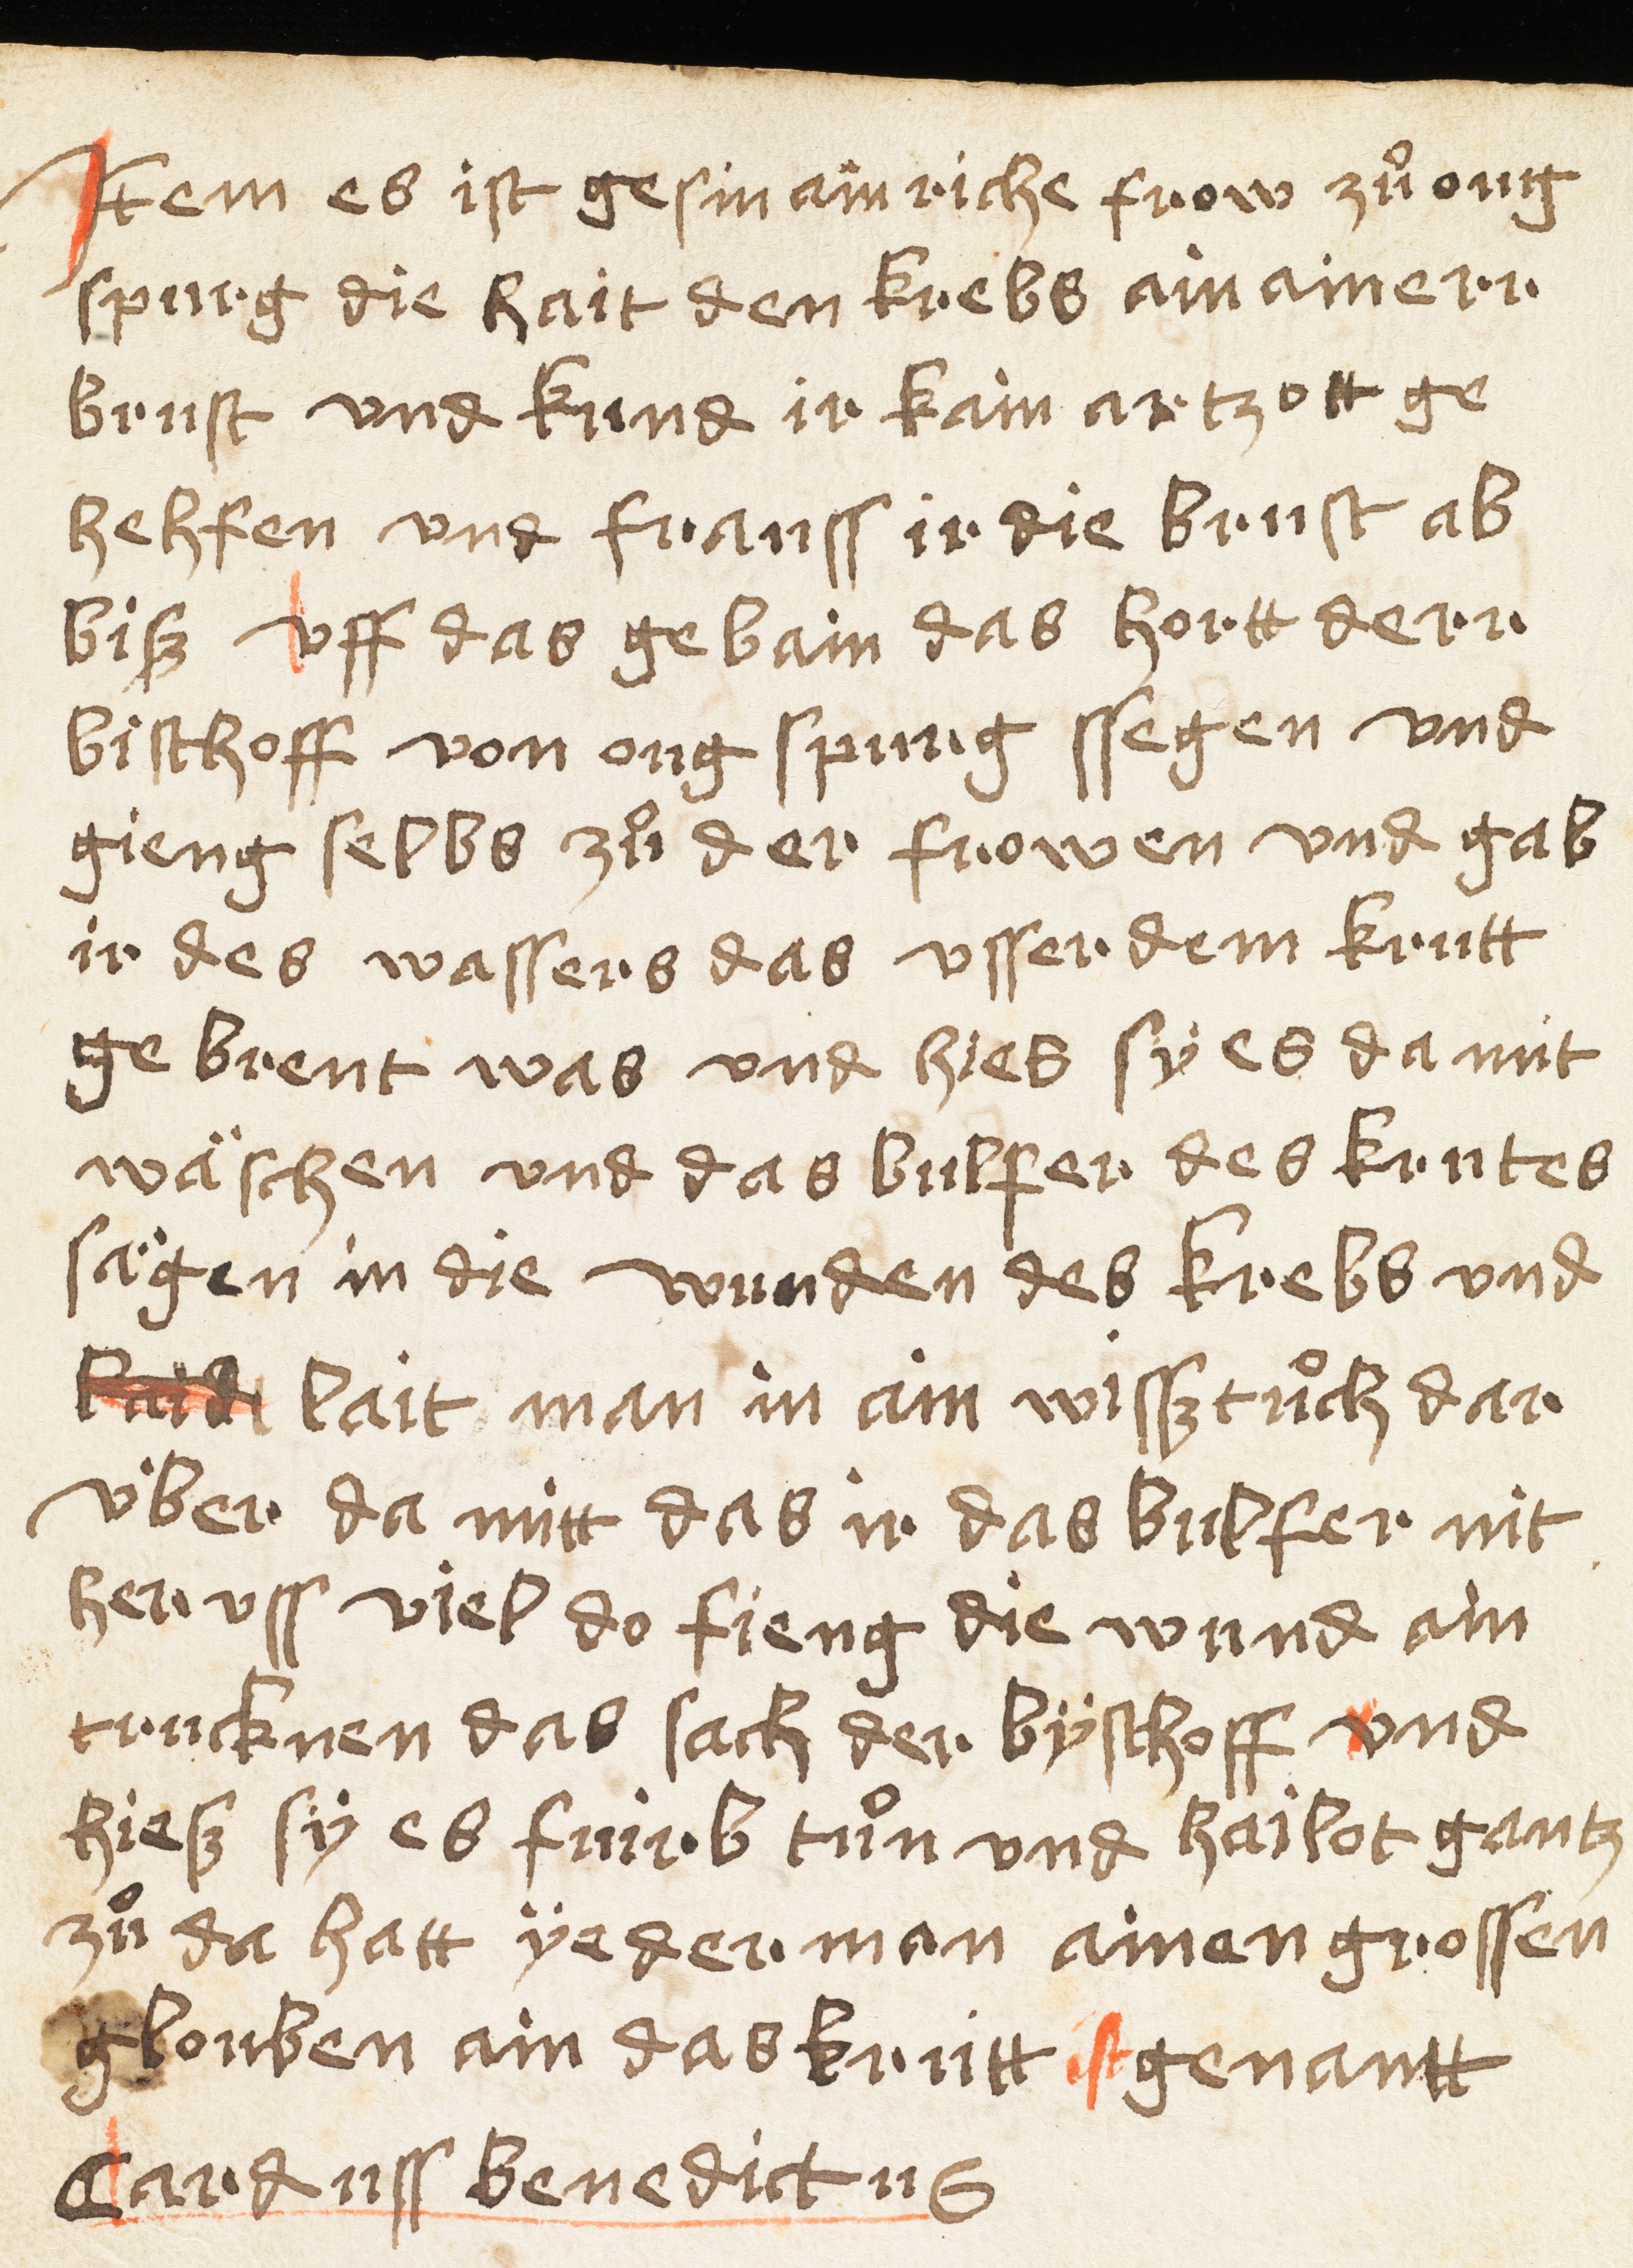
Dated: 1505–1505